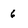
Character: 6